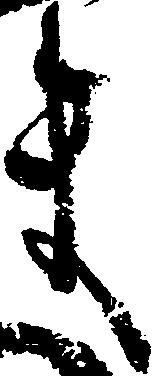
ま